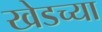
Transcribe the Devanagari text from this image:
खेडच्या